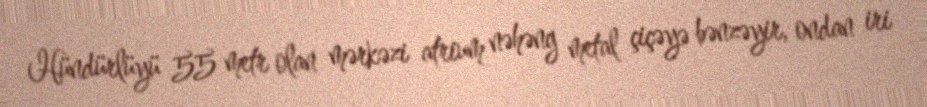
Hündürlüyü 55 metr olan mərkəzi atrium nəhəng metal çiçəyə bənzəyir, ondan iri